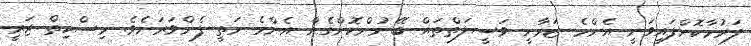
ފަރުމާކޮށްފައިވަނީ އެންމެ ޒަމާނީ ވަސީލަތްތައް ބޭނުންކޮށްގެން އެންމެ މަތީ ފެންވަރަށެވެ. މިސްކިތް ޖަރީ